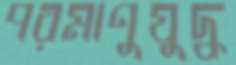
পরমাণুযুদ্ধ